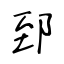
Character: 郅